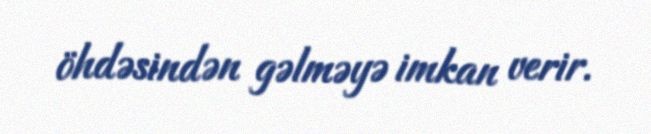
öhdəsindən gəlməyə imkan verir.